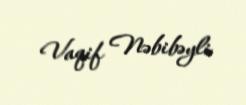
Vaqif Nəbibəyli